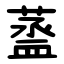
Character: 䕄